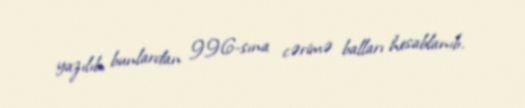
yazılıb, bunlardan 996-sına cərimə balları hesablanıb.